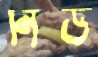
নিড